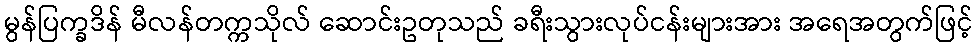
မွန်ပြက္ခဒိန် မီလန်တက္ကသိုလ် ဆောင်းဥတုသည် ခရီးသွားလုပ်ငန်းများအား အရေအတွက်ဖြင့်